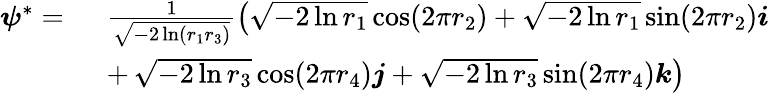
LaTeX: \begin{array}{rl}{\boldsymbol{\psi}^{*}=\ }&{\frac{1}{\sqrt{-2\ln(r_{1}r_{3})}}\left(\sqrt{-2\ln r_{1}}\cos(2\pi r_{2})+\sqrt{-2\ln r_{1}}\sin(2\pi r_{2})\boldsymbol{i}\right.}\\ &{+\left.\sqrt{-2\ln r_{3}}\cos(2\pi r_{4})\boldsymbol{j}+\sqrt{-2\ln r_{3}}\sin(2\pi r_{4})\boldsymbol{k}\right)}\end{array}